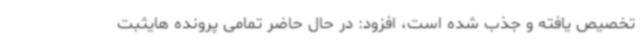
تخصیص یافته و جذب شده است، افزود: در حال حاضر تمامی پرونده هایثبت